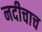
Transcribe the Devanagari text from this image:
नदीचाच